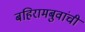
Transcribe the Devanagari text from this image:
बहिरामबुवांची